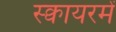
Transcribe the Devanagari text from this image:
स्क्वायरमें